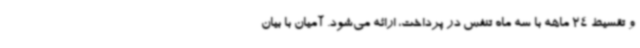
و تقسیط 24 ماهه با سه ماه تنفس در پرداخت، ارائه می‌شود. آمیان با بیان